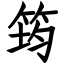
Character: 筠